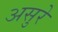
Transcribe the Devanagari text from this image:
असुरे